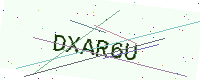
Text: DXAR6U